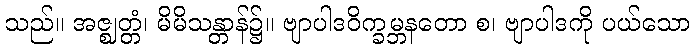
သည်။ အဇ္ဈတ္တံ၊ မိမိသန္တာန်၌။ ဗျာပါဒဝိက္ခမ္ဘနတော စ၊ ဗျာပါဒကို ပယ်သော